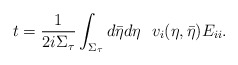
\begin{align*}t=\frac{1}{2i\Sigma_{\tau}}\int_{\Sigma_{\tau}}d\bar{\eta} d\eta~~v_i(\eta,\bar{\eta})E_{ii}.\end{align*}